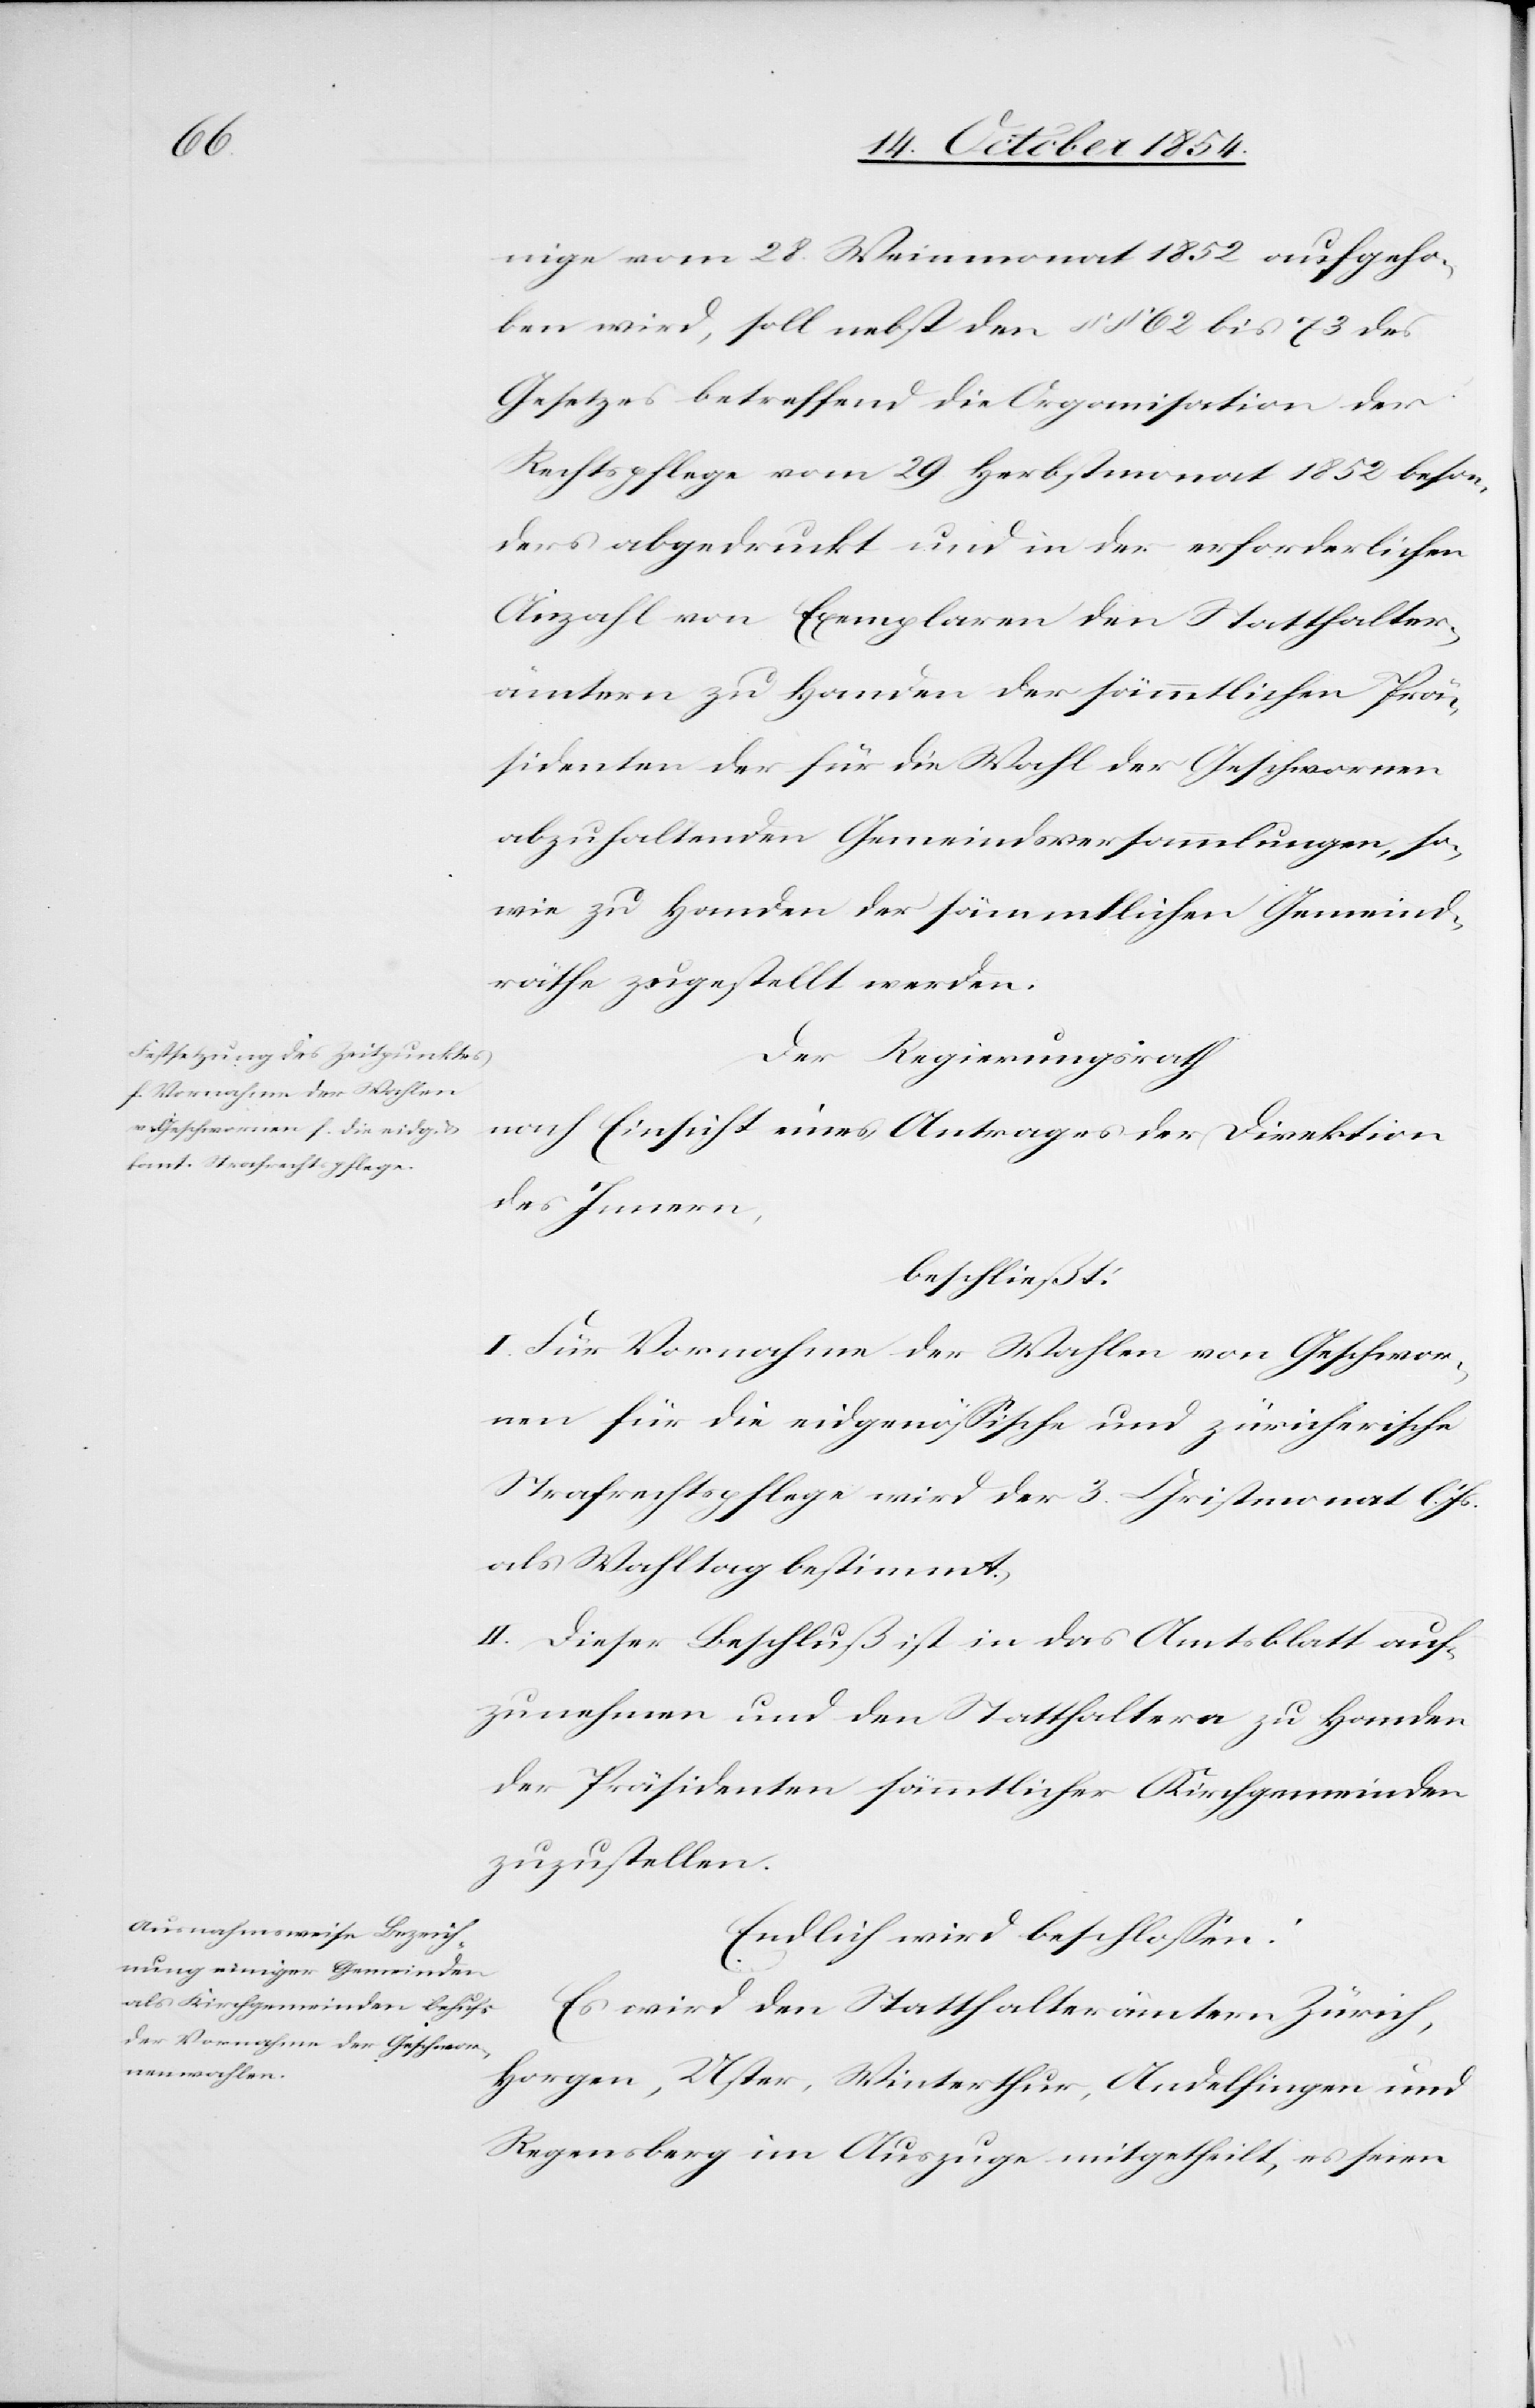
nige vom 28. Weinmonat 1852 aufgeho¬
ben wird, soll nebst den §§ 62 bis 73 des
Gesetzes betreffend die Organisation der
Rechtspflege vom 29 Herbstmonat 1852 beson¬
ders abgedruckt und in der erforderlichen
Anzahl von Exemplaren den Statthalter¬
ämtern zu Handen der sämmtlichen Prä¬
sidenten der für die Wahl der Geschwornen
abzuhaltenden Gemeindsverammlungen, so¬
wie zu Handen der sämmtlichen Gemeind¬
räthe zugestellt werden.
Der Regierungsrath
nach Einsicht eines Antrages der Direktion
des Innern,
beschließt:
I. Für Vornahme der Wahlen von Geschwor¬
nen für die eidgenößische und züricherische
Strafrechtspflege wird der 3. Christmonat l.
als Wahltag bestimmt.
II. Dieser Beschluß ist in das Amtsblatt auf¬
zunehmen und den Statthaltern zu Handen
der Präsidenten sämmtlicher Kirchgemeinden
zuzustellen.
Endlich wird beschloßen:
Es wird den Statthalterämtern Zürich,
Horgen, Uster, Winterthur, Andelfingen und
Regensberg im Auszuge mitgetheilt, es seien